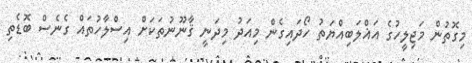
މިގޮތުން މަޖިލީހުގެ އަޣްލަބިއްޔަތު ހޯދައިގެން މިއަދު މިދަނީ ޤާނޫނުތަކަށް އިސްލާހުތައް ގެނެސް ބޮޑެތި